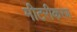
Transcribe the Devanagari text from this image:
मीटरीकरण